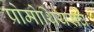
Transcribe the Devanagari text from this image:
प्रोमोथियसचे